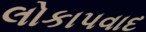
લોકાપવાદ